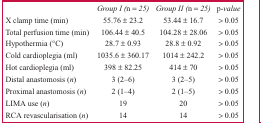
|  | Group I (n = 25) | Group II (n = 25) | p-value |
 | --- | --- | --- | --- |
 | X clamp time (min) | 55.76 ± 23.2 | 53.44 ± 16.7 | > 0.05 |
 | Total perfusion time (min) | 106.44 ± 40.5 | 104.28 ± 28.06 | > 0.05 |
 | Hypothermia (°C) | 28.7 ± 0.93 | 28.8 ± 0.92 | > 0.05 |
 | Cold cardioplegia (ml) | 1035.6 ± 360.17 | 1014 ± 242.2 | > 0.05 |
 | Hot cardioplegia (ml) | 398 ± 82.25 | 414 ± 70 | > 0.05 |
 | Distal anastomosis (n) | 3 (2–6) | 3 (2–5) | > 0.05 |
 | Proximal anastomosis (n) | 2 (1–4) | 2 (1–5) | > 0.05 |
 | LIMA use (n) | 19 | 20 | > 0.05 |
 | RCA revascularisation (n) | 14 | 14 | > 0.05 |